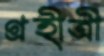
গ্রহীত্রী